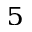
^ { 5 }